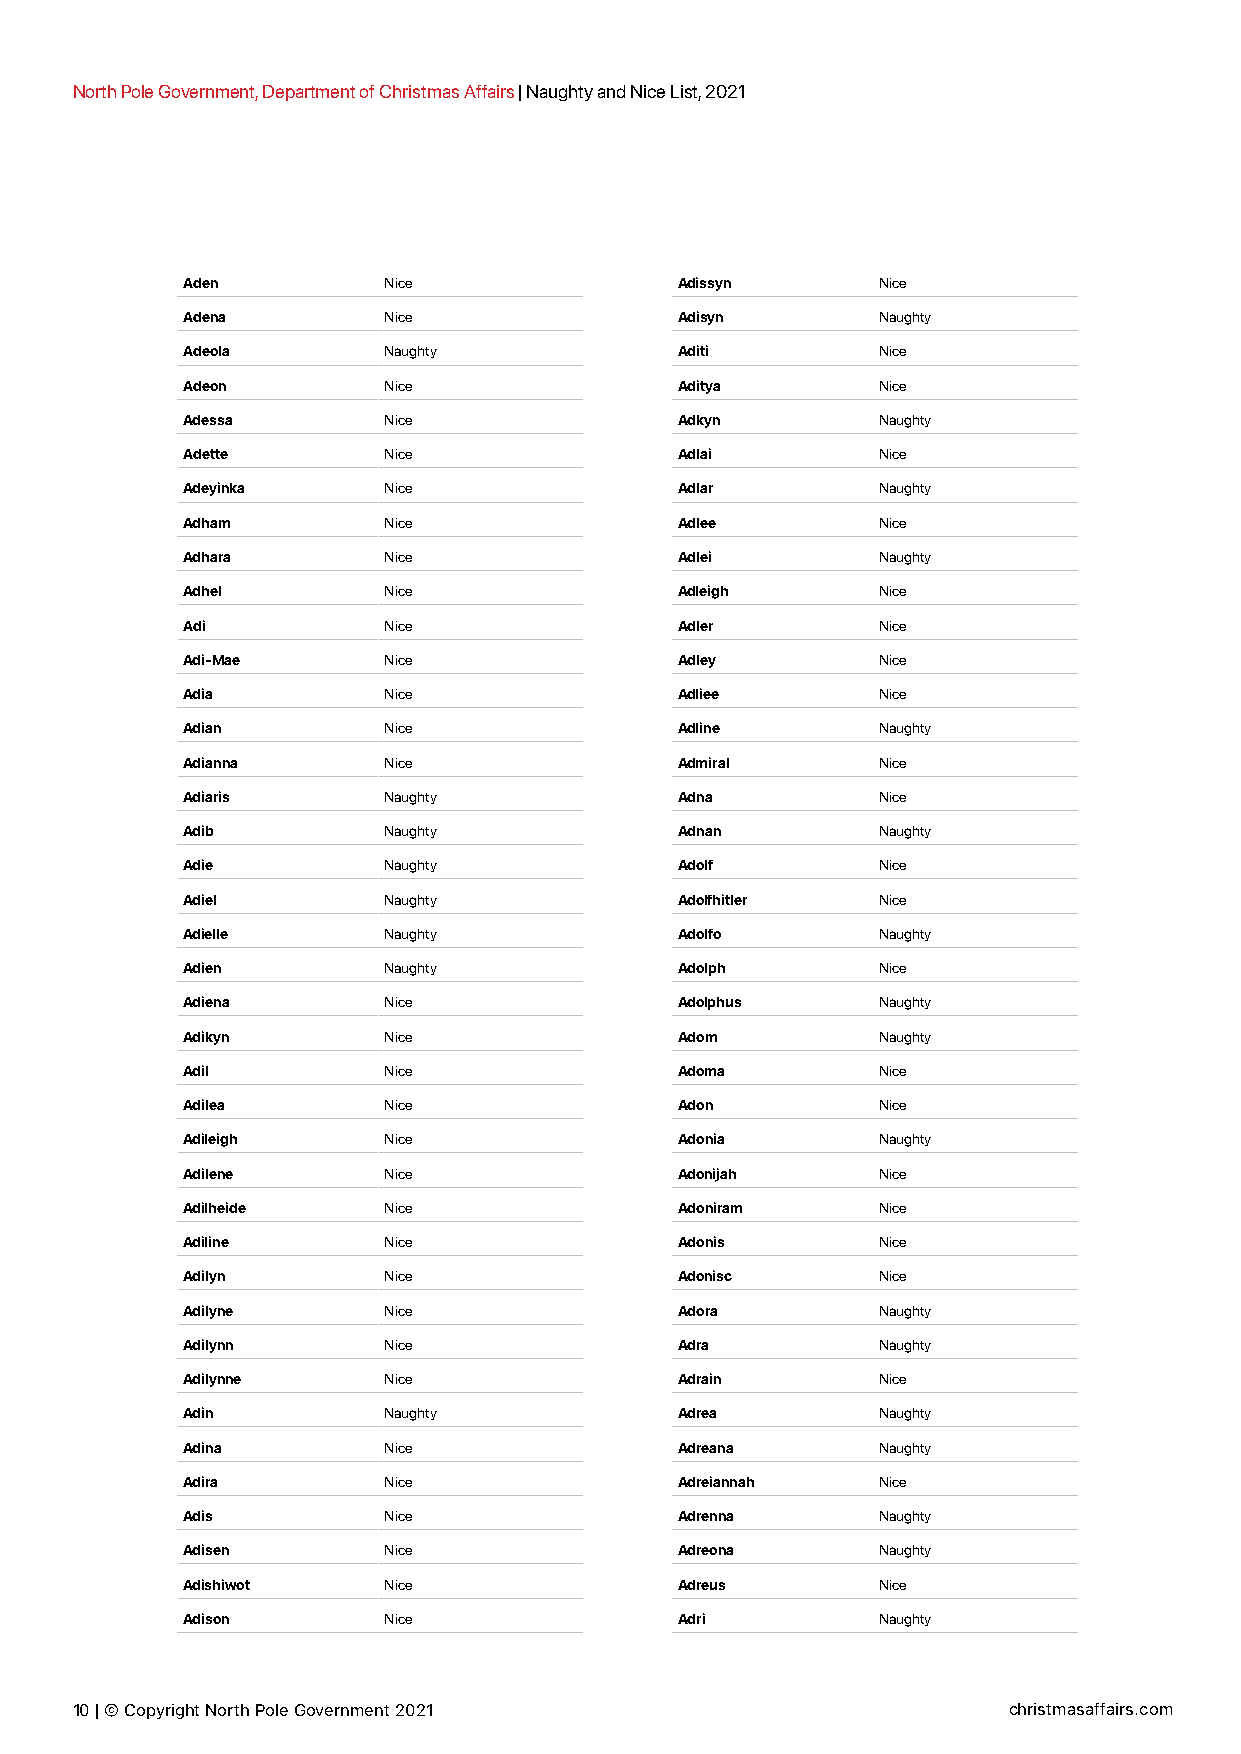
North Pole Government, Department of Christmas Affairs | Naughty and Nice List, 2021
 Aden         Nice                Adissyn      Nice
 Adena        Nice                Adisyn       Naughty
 Adeola       Naughty             Aditi        Nice
 Adeon        Nice                Aditya       Nice
 Adessa       Nice                Adkyn        Naughty
 Adette       Nice                Adlai        Nice
 Adeyinka     Nice                Adlar        Naughty
 Adham        Nice                Adlee        Nice
 Adhara       Nice                Adlei        Naughty
 Adhel        Nice                Adleigh      Nice
 Adi          Nice                Adler        Nice
 Adi-Mae      Nice                Adley        Nice
 Adia         Nice                Adliee       Nice
 Adian        Nice                Adline       Naughty
 Adianna      Nice                Admiral      Nice
 Adiaris      Naughty             Adna         Nice
 Adib         Naughty             Adnan        Naughty
 Adie         Naughty             Adolf        Nice
 Adiel        Naughty             Adolfhitler  Nice
 Adielle      Naughty             Adolfo       Naughty
 Adien        Naughty             Adolph       Nice
 Adiena       Nice                Adolphus     Naughty
 Adikyn       Nice                Adom         Naughty
 Adil         Nice                Adoma        Nice
 Adilea       Nice                Adon         Nice
 Adileigh     Nice                Adonia       Naughty
 Adilene      Nice                Adonijah     Nice
 Adilheide    Nice                Adoniram     Nice
 Adiline      Nice                Adonis       Nice
 Adilyn       Nice                Adonisc      Nice
 Adilyne      Nice                Adora        Naughty
 Adilynn      Nice                Adra         Naughty
 Adilynne     Nice                Adrain       Nice
 Adin         Naughty             Adrea        Naughty
 Adina        Nice                Adreana      Naughty
 Adira        Nice                Adreiannah   Nice
 Adis         Nice                Adrenna      Naughty
 Adisen       Nice                Adreona      Naughty
 Adishiwot    Nice                Adreus       Nice
 Adison       Nice                Adri         Naughty
 10 | © Copyright North Pole Government 2021                   christmasaffairs.com